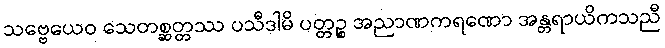
သဗ္ဗေယေဝ သေတစ္ဆတ္တဿ ပသီဒါမိ ပတ္တဉ္စ အညာဏကရဏော အန္တရာယိကသညီ